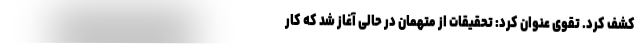
کشف کرد. تقوی عنوان کرد: تحقیقات از متهمان در حالی آغاز شد که کار